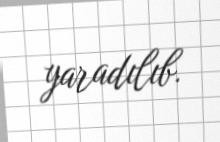
yaradılıb.